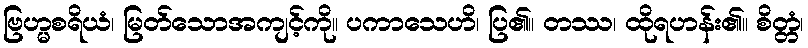
ဗြဟ္မစရိယံ၊ မြတ်သောအကျင့်ကို။ ပကာသေဟိ၊ ပြ၏။ တဿ၊ ထိုရဟန်း၏။ စိတ္တံ၊